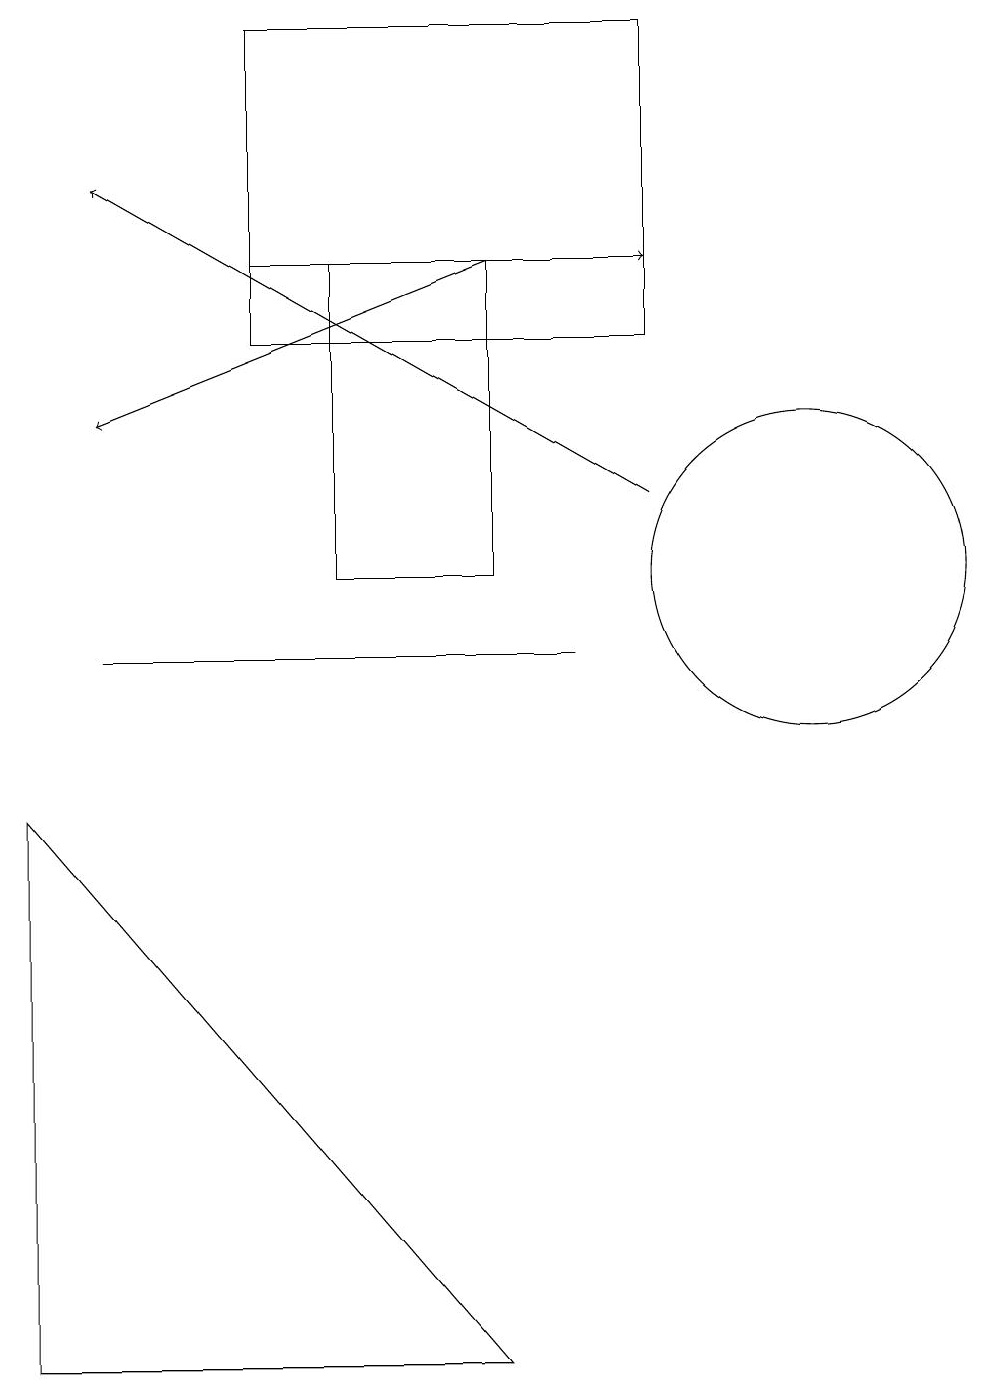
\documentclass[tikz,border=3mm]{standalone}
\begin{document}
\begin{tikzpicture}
\draw[->] (6,15) -- (1,13);
\draw (7,10) rectangle (1,10);
\draw (0,8) -- (6,1) -- (0,1) -- cycle;
\draw (10,11) circle (2);
\draw[->] (8,12) -- (1,16);
\draw (6,15) rectangle (4,11);
\draw[->] (3,15) -- (8,15);
\draw (3,18) rectangle (8,14);
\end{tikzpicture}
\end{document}